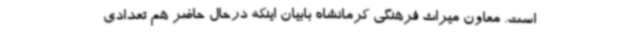
است. معاون میراث فرهنگی کرمانشاه بابیان اینکه درحال حاضر هم تعدادی